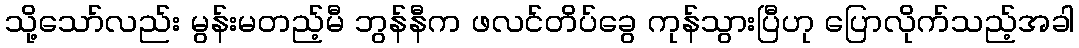
သို့သော်လည်း မွန်းမတည့်မီ ဘွန်နီက ဖလင်တိပ်ခွေ ကုန်သွားပြီဟု ပြောလိုက်သည့်အခါ